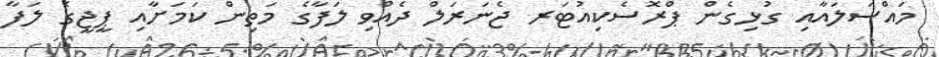
މައްސަލައާއި ގުޅިގެން ޕްރޮސެކިއުޓަރ ޖެނަރަލް ދެއްވި ލަފާގެ މަތިން ކަމަށާއި ޕީޖީގެ ލަފާ